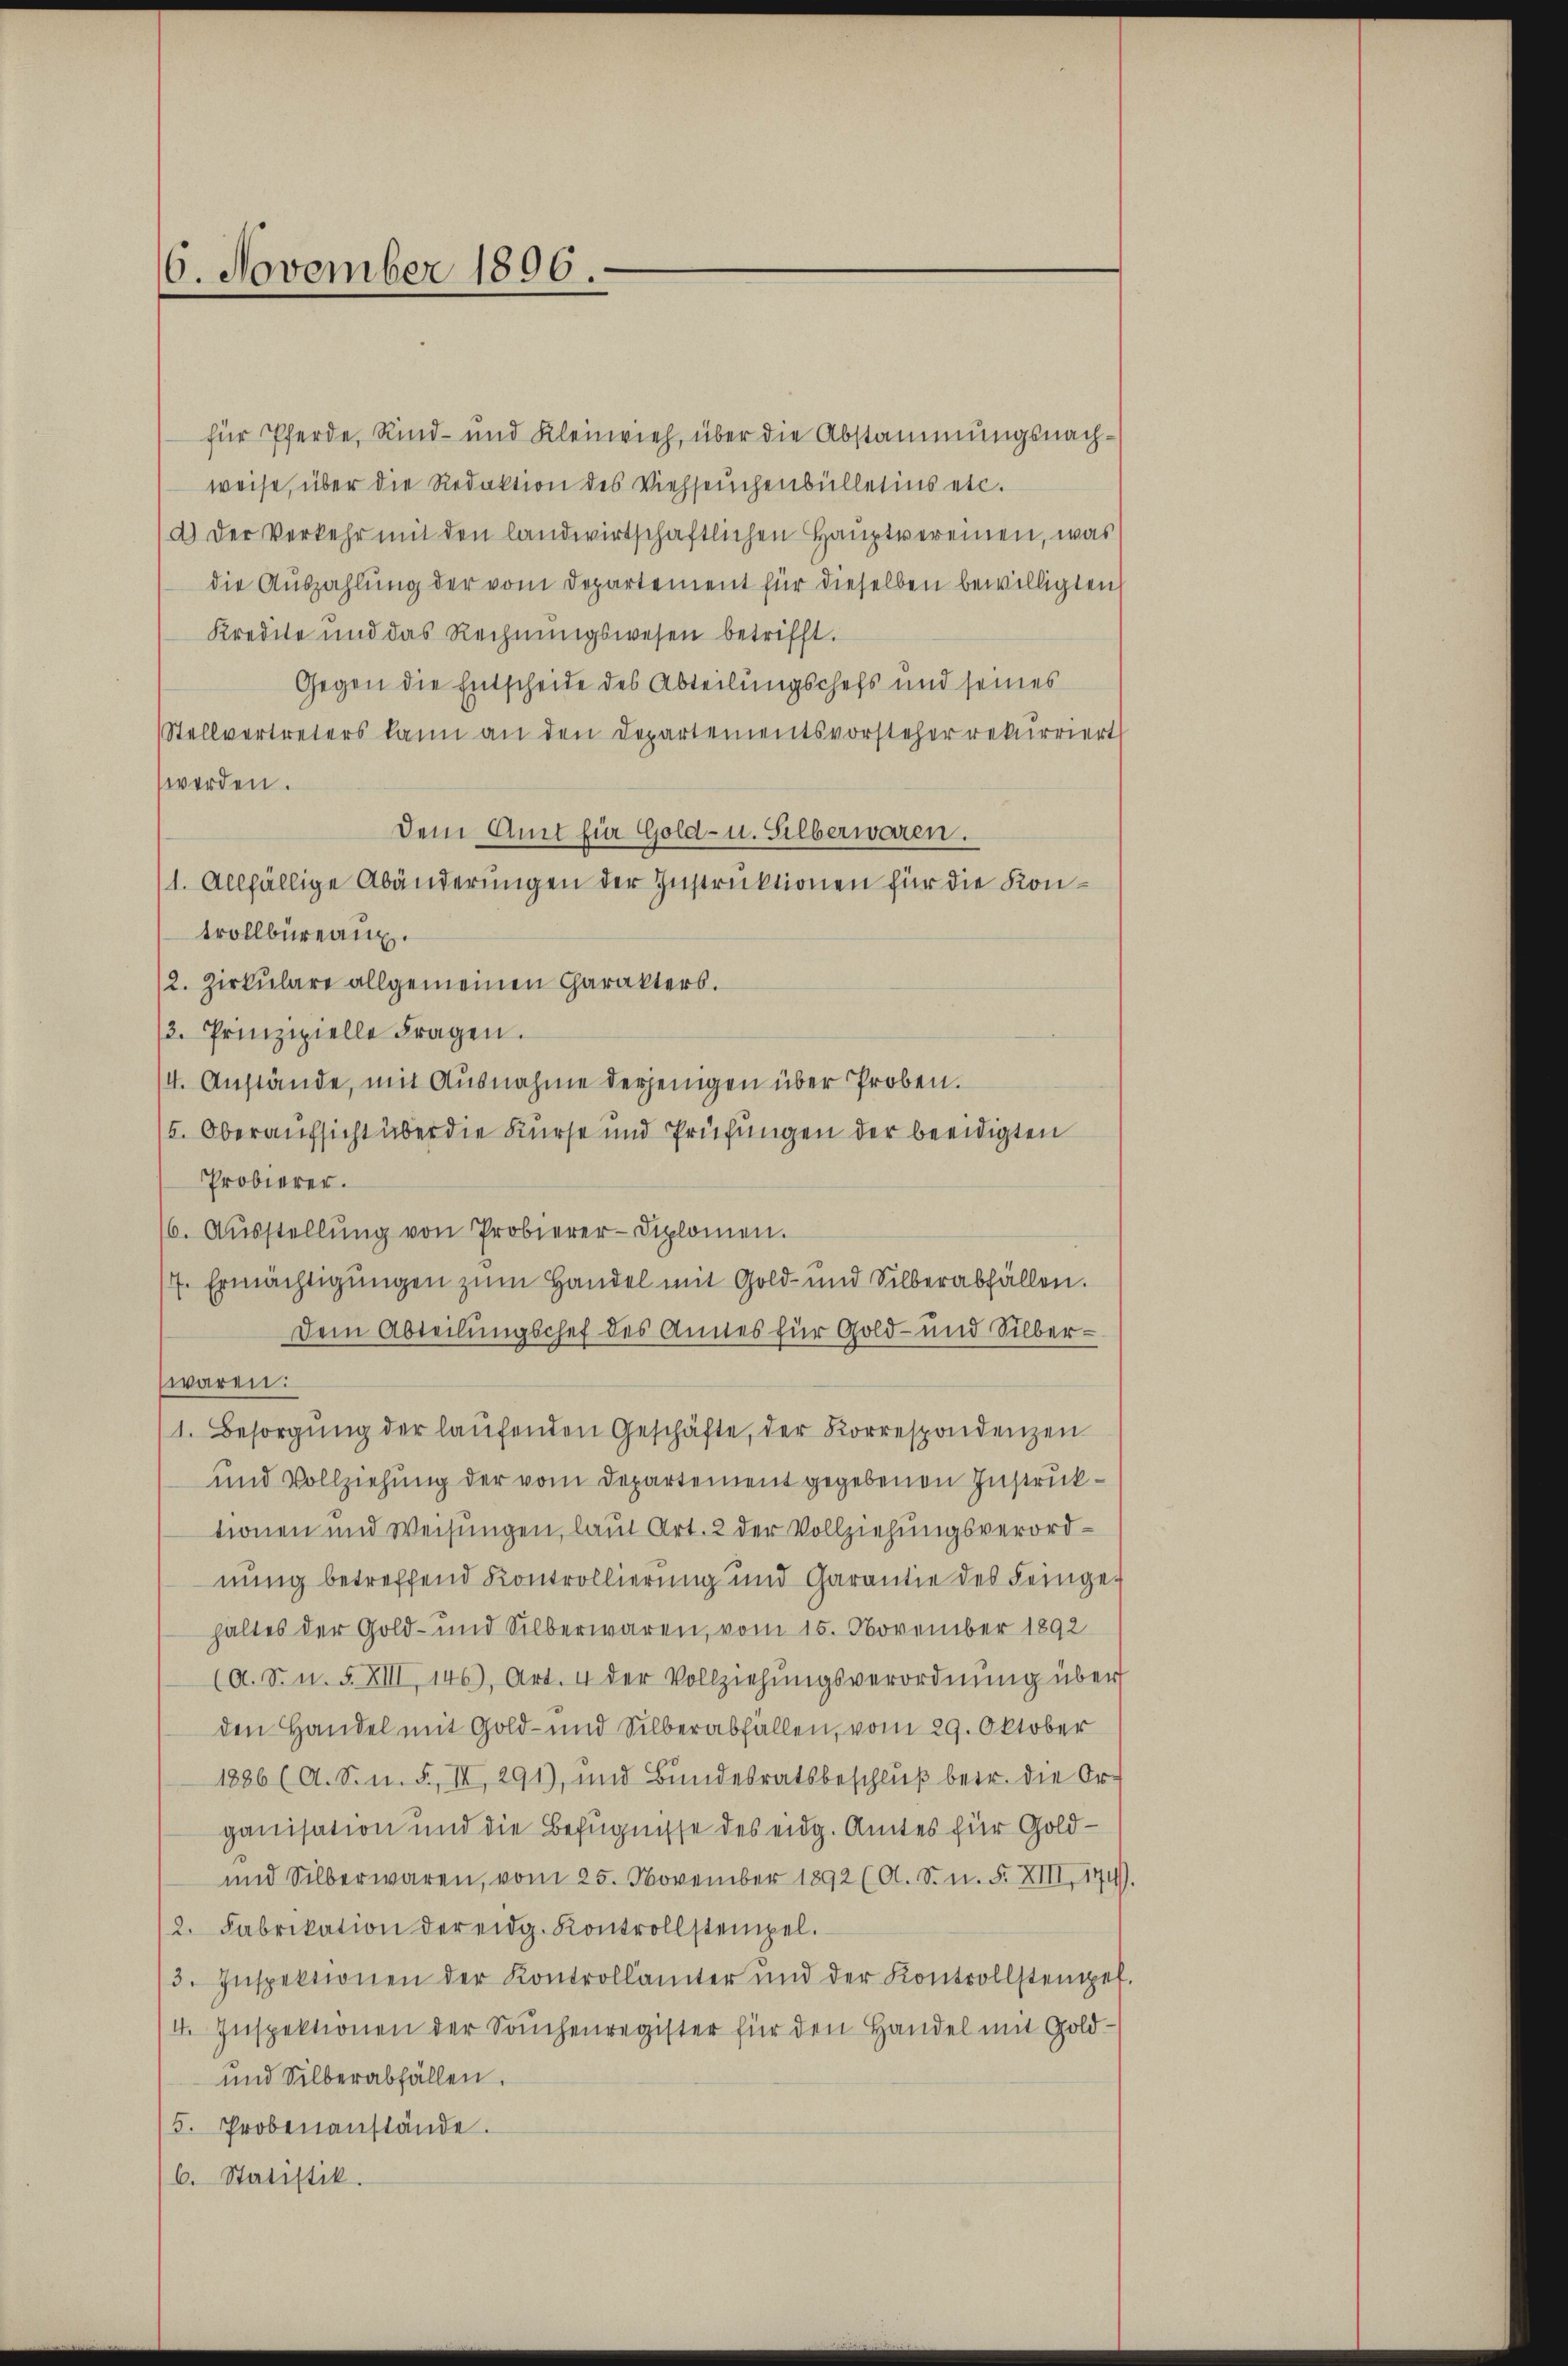
16. November 1896.

für Pferde, Rind- und Kleinvieh, über die Abstammungsnachweise, über die Redaktion des Viehseuchenbülletins etc.
a) Der Verkehr mit den landwirtschaftlichen Hauptvereinen, was
die Auszahlung der vom Departement für dieselben bewilligten
Kredite und das Rechnungswesen betrifft.
Gegen die Entscheide des Abteilungschefs und seines
Stellvertreters kann an den Departementsvorsteher rekurriert
werden.
Dem Amt für Gold- u. Silberwaren.
/1. Allfällige Abänderungen der Instruktionen für die Kontrollbüreau.
12. Zirkulare allgemeinen Charakters.
/3. Prinzipielle Fragen.
4. Anstände, mit Ausnahme derjenigen über Proben.
5. Oberaufsicht über die Kurse und Prüfungen der beeidigten
Probierer.
6. Aŭsstellŭng von Probierer-Diplomen.
7. Ermächtigŭngen zum Handel mit Gold- und Silberabfällen.
Dem Abteilungschef des Annes für Gold- und Silber-
waren:
1. Besorgŭng der laufenden Geschäfte, der Korrespondenzen
und Vollziehung der vom Departement gegebenen Instruktionen und Weisungen, laut Art. 2 der Vollziehungsverordnung betreffend Kontrollierung und Garantie des Feingehaltes der Gold- und Silberwaren, vom 15. November 1892
(A. S. n. F. XIII, 146), Art. 4 der Vollziehŭngsverordnŭng über
den Handel mit Gold- und Silberabfällen, vom 29. Oktober
1886 (A. S. n. F., II, 291), und Bundesratsbeschluß betr. die Or
ganisation und die Befugnisse des eidg. Amtes für Gold¬
und Silber waren, vom 25. November 1892 (O. S. n. F. XIII, 174.
2. Fabrikation der eidg. Kontrollstempel.
/3. Inspektionen der Kontrollämter und der Kontrollsteinpef.
I. Inspektionen der Sachenregister für den Handel mit Gold-
und Silberabfällen.
5. Probenanstände.
6. Statistik.